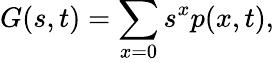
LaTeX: G(s,t)=\sum_{x=0}s^{x}p(x,t),